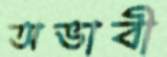
অভাবী